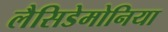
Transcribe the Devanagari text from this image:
लैसिडेमोनिया